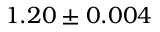
1 . 2 0 \pm 0 . 0 0 4